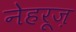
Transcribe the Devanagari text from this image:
नेहरूज़